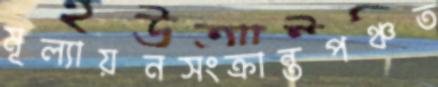
মূল্যায়নসংক্রান্তপঞ্চত